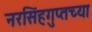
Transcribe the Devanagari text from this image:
नरसिंहगुप्तच्या